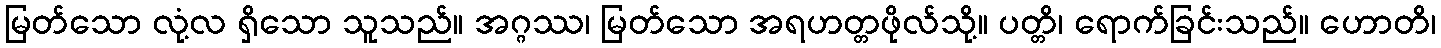
မြတ်သော လုံ့လ ရှိသော သူသည်။ အဂ္ဂဿ၊ မြတ်သော အရဟတ္တဖိုလ်သို့။ ပတ္တိ၊ ရောက်ခြင်းသည်။ ဟောတိ၊